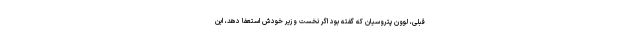
قبلی، لوون پتروسیان که گفته بود اگر نخست وزیر خودش استعفا دهد، این